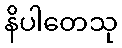
နိပါတေသု